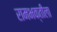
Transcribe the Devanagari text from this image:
रामभक्तीला